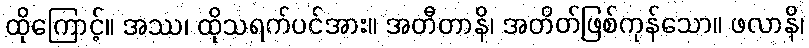
ထိုကြောင့်။ အဿ၊ ထိုသရက်ပင်အား။ အတီတာနိ၊ အတိတ်ဖြစ်ကုန်သော။ ဖလာနိ၊